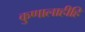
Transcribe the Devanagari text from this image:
कुणालाहीहि